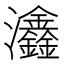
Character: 𤅺